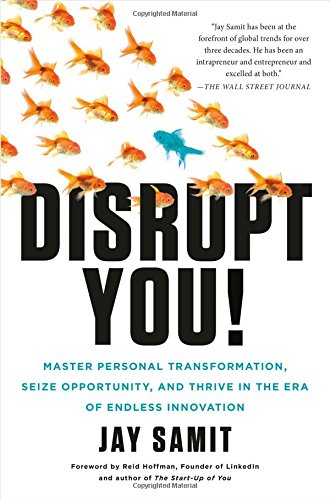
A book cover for Disrupt You!: Master Personal Transformation, Seize Opportunity, and Thrive in the Era of Endless Innovation; Jay Samit; Business & Money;